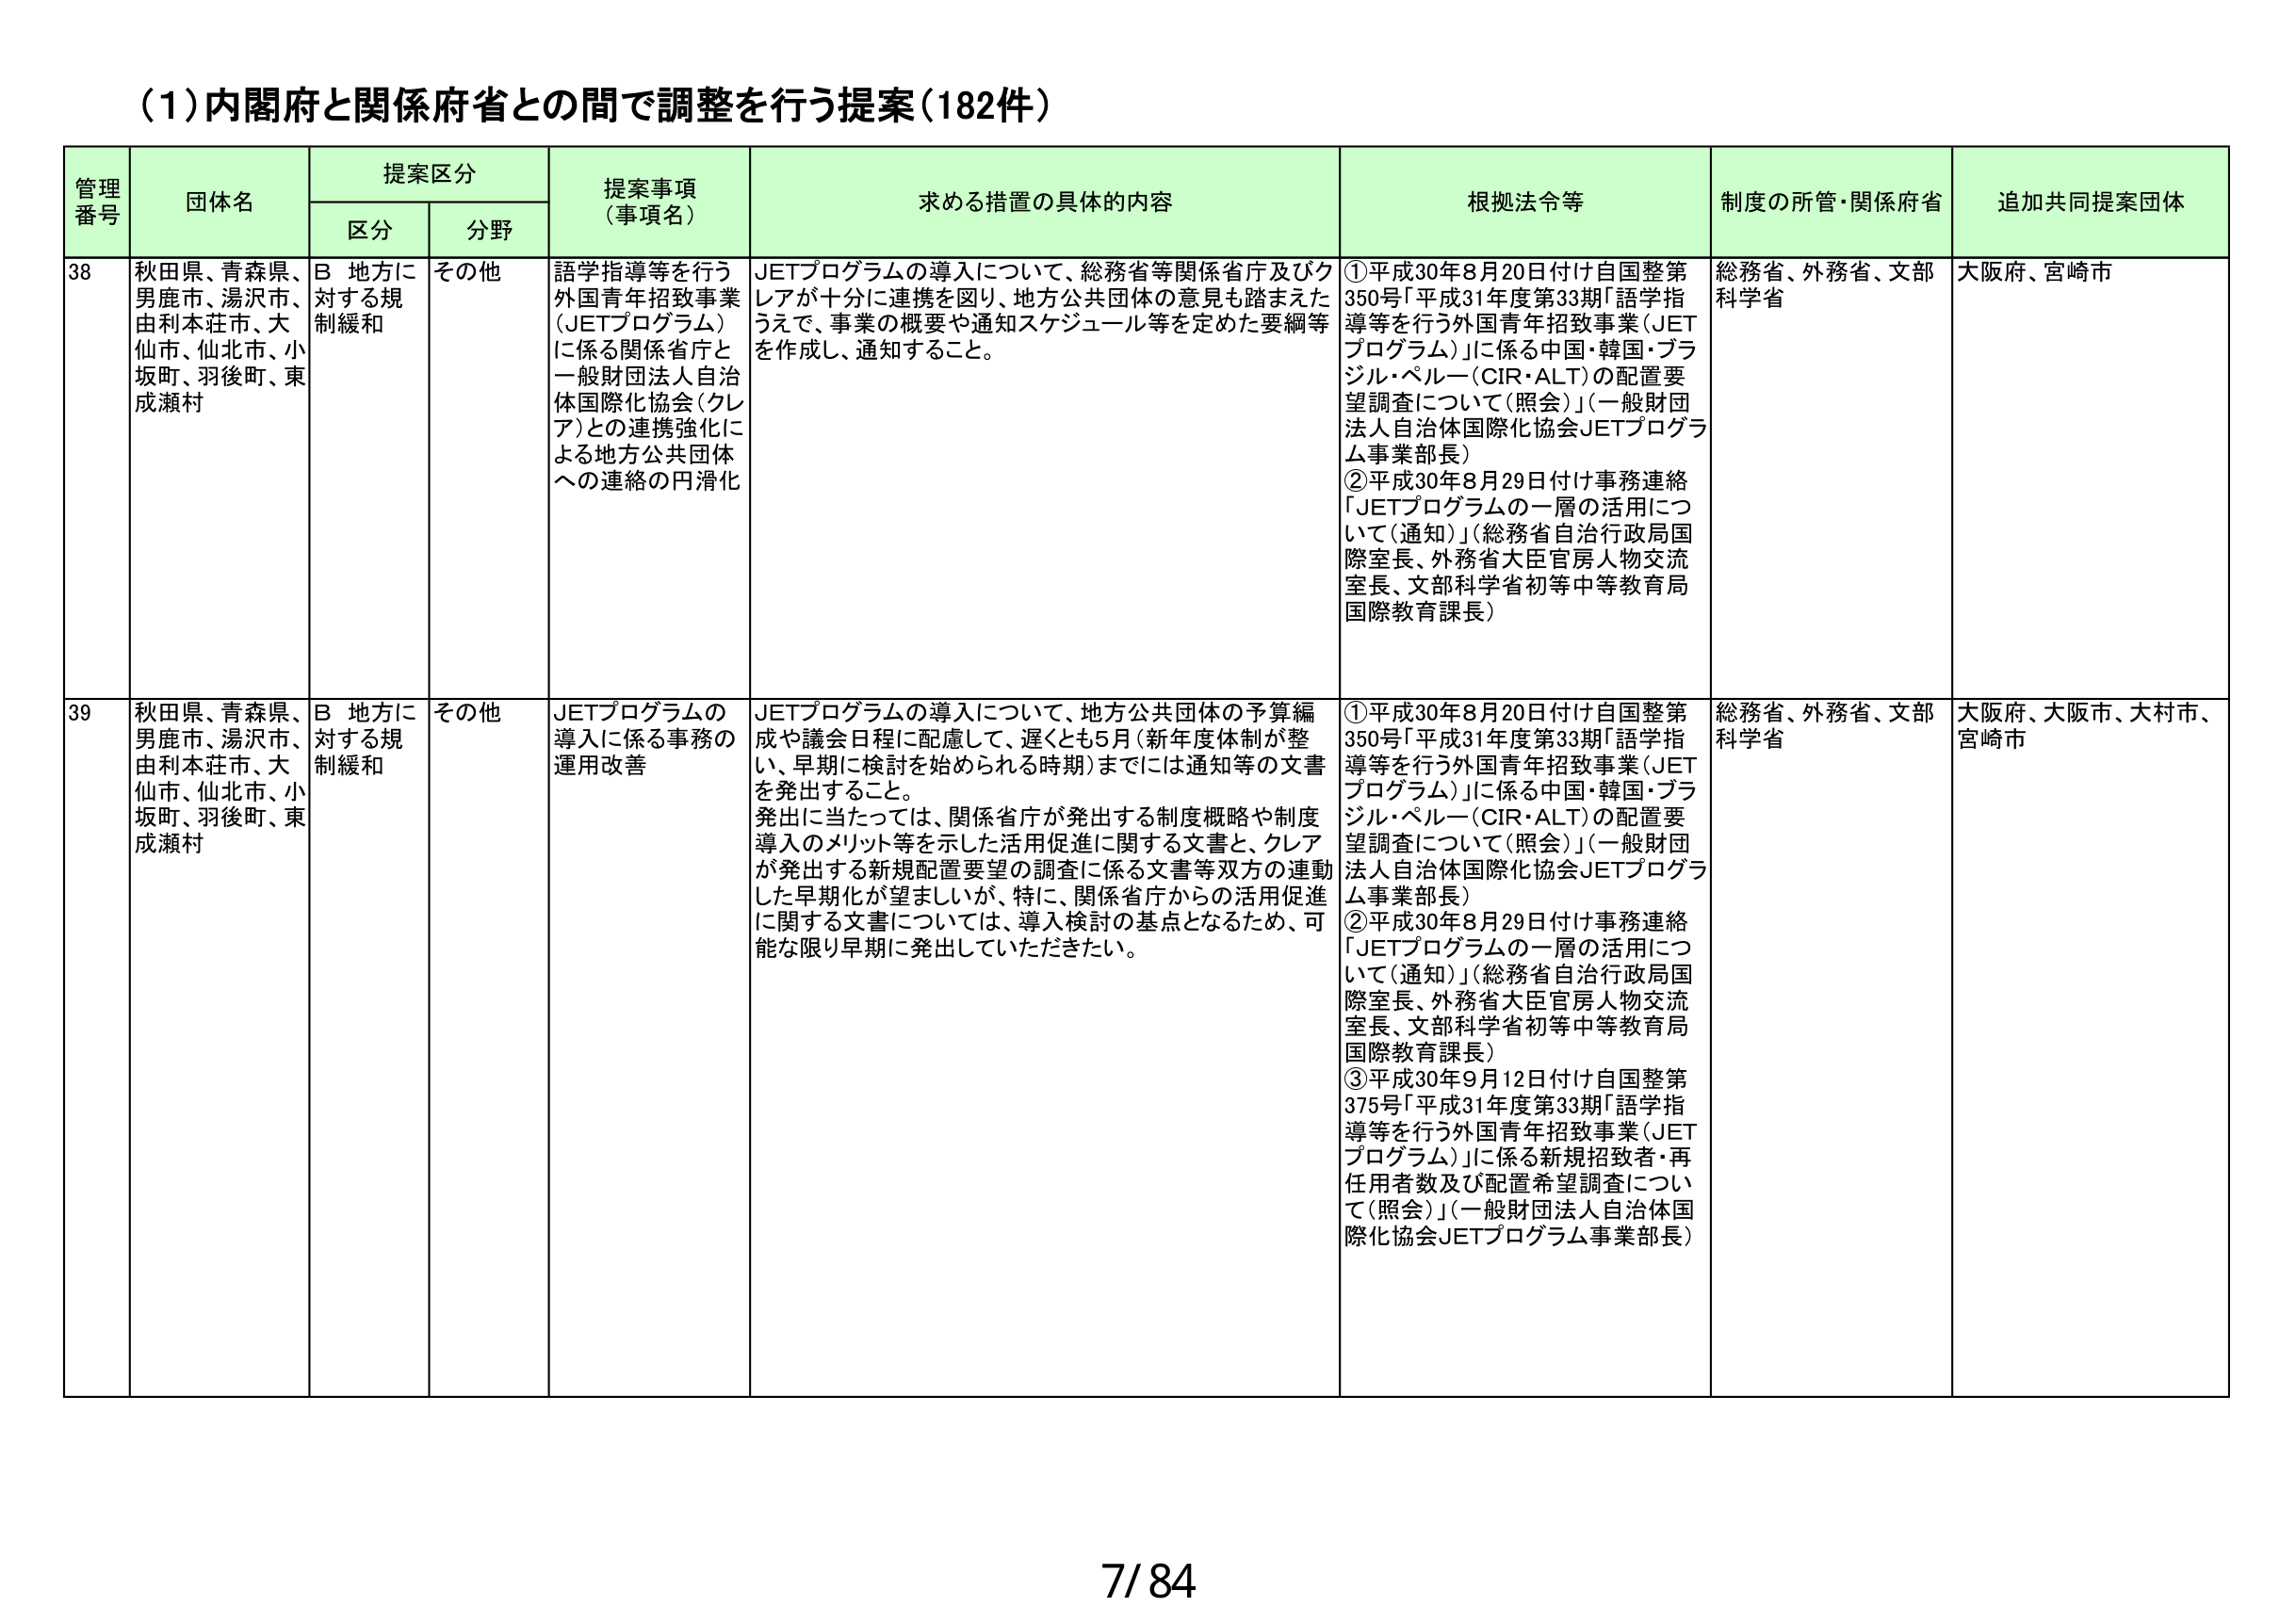
(1)内閣府と関係府省との間で調整を行う提案(182件)

管理番号 団体名 提案区分 提案事項（事項名） 求める措置の具体的内容 根拠法令等 制度の所管・関係府省 追加共同提案団体
区分 分野

38 秋田県、青森県、男鹿市、湯沢市、由利本荘市、大仙市、仙北市、小坂町、羽後町、東成瀬村 B 地方に対する規制緩和 その他 語学指導等を行う外国青年招致事業（JETプログラム）に係る関係省庁と一般財団法人自治体国際化協会（クレア）との連携強化による地方公共団体への連絡の円滑化 JETプログラムの導入について、総務省等関係省庁及びクレアが十分に連携を図り、地方公共団体の意見も踏まえたうえで、事業の概要や通知スケジュール等を定めた要綱等を作成し、通知すること。 ①平成30年8月20日付け自国整第350号「平成31年度第33期「語学指導等を行う外国青年招致事業（JETプログラム）」に係る中国・韓国・ブラジル・ペルー（CIR・ALT）の配置要望調査について（照会）」（一般財団法人自治体国際化協会JETプログラム事業部長） ②平成30年8月29日付け事務連絡「JETプログラムの一層の活用について（通知）」（総務省自治行政局国際室長、外務省大臣官房人物交流室長、文部科学省初等中等教育局国際教育課長） 総務省、外務省、文部科学省 大阪府、宮崎市

39 秋田県、青森県、男鹿市、湯沢市、由利本荘市、大仙市、仙北市、小坂町、羽後町、東成瀬村 B 地方に対する規制緩和 その他 JETプログラムの導入に係る事務の運用改善 JETプログラムの導入について、地方公共団体の予算編成や議会日程に配慮して、遅くとも5月（新年度体制が整い、早期に検討を始められる時期）までには通知等の文書を発出すること。発出に当たっては、関係省庁が発出する制度概略や制度導入のメリット等を示した活用促進に関する文書と、クレアが発出する新規配置要望の調査に係る文書等双方の連動した早期化が望ましいが、特に、関係省庁からの活用促進に関する文書については、導入検討の基点となるため、可能な限り早期に発出していただきたい。 ①平成30年8月20日付け自国整第350号「平成31年度第33期「語学指導等を行う外国青年招致事業（JETプログラム）」に係る中国・韓国・ブラジル・ペルー（CIR・ALT）の配置要望調査について（照会）」（一般財団法人自治体国際化協会JETプログラム事業部長） ②平成30年8月29日付け事務連絡「JETプログラムの一層の活用について（通知）」（総務省自治行政局国際室長、外務省大臣官房人物交流室長、文部科学省初等中等教育局国際教育課長） ③平成30年9月12日付け自国整第375号「平成31年度第33期「語学指導等を行う外国青年招致事業（JETプログラム）」に係る新規招致者・再任用者数及び配置希望調査について（照会）」（一般財団法人自治体国際化協会JETプログラム事業部長） 総務省、外務省、文部科学省 大阪府、大阪市、大村市、宮崎市

7/84